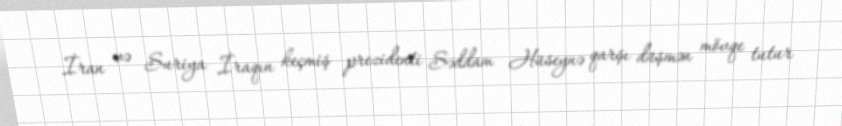
İran və Suriya İraqın keçmiş prezidenti Səddam Hüseynə qarşı düşmən mövqe tutur